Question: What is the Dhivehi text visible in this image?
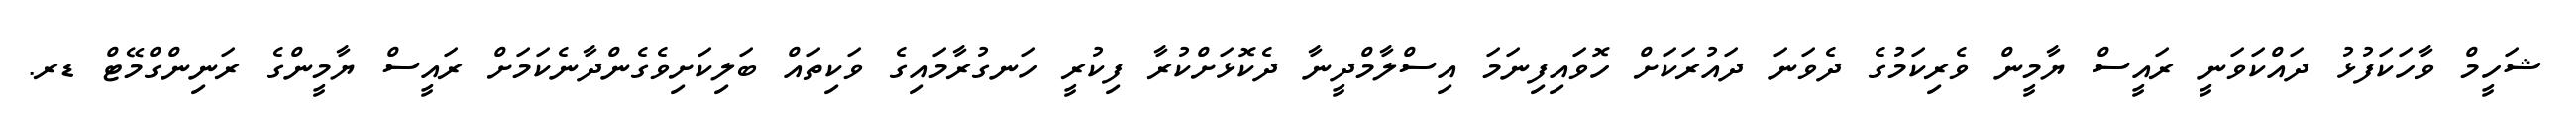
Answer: ޝަހީމް ވާހަކަފުޅު ދައްކަވަނީ ރައީސް ޔާމީން ވެރިކަމުގެ ދެވަނަ ދައުރަކަށް ހޮވައިފިނަމަ އިސްލާމްދީނާ ދެކޮޅަށްކުރާ ފިކުރީ ހަނގުރާމައިގެ ވަކިތައް ބަލިކަށިވެގެންދާނެކަމަށް ރައީސް ޔާމީންގެ ރަނިންގްމޭޓް ޑރ.